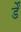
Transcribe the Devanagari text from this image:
र्डें